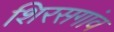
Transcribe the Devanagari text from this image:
शिरसगांव